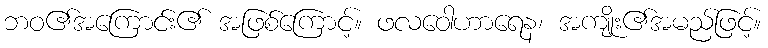
ဘဝ၏အကြောင်း၏ အဖြစ်ကြောင့်။ ဖလဝေါဟာရေန၊ အကျိုး၏အမည်ဖြင့်။